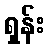
ရှန်း